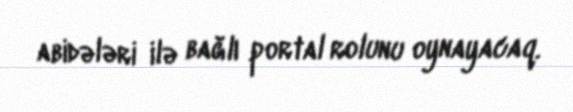
abidələri ilə bağlı portal rolunu oynayacaq.